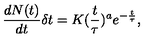
\frac { d N ( t ) } { d t } \delta t = K ( \frac { t } { \tau } ) ^ { a } e ^ { - \frac { t } { \tau } } ,